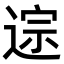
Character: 𫐱